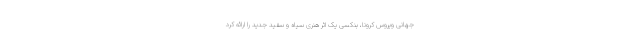
جهانی ویروس کرونا، بنکسی یک اثر هنری سیاه و سفید جدید را ارائه کرد